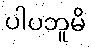
ပါပဘူမိ